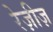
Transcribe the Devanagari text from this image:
रेज़ीज़